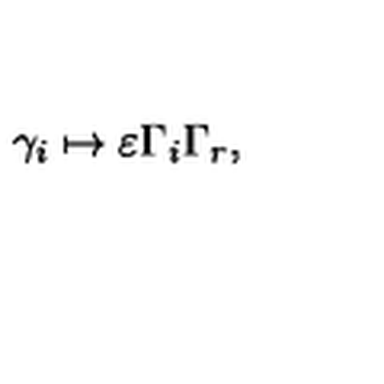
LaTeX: \gamma _ { i } \mapsto \varepsilon \Gamma _ { i } \Gamma _ { r } ,